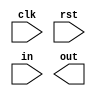
module A(input clk, input rst, input in, output out);


endmodule

module B(input clk, input rst, input in, output out);


endmodule